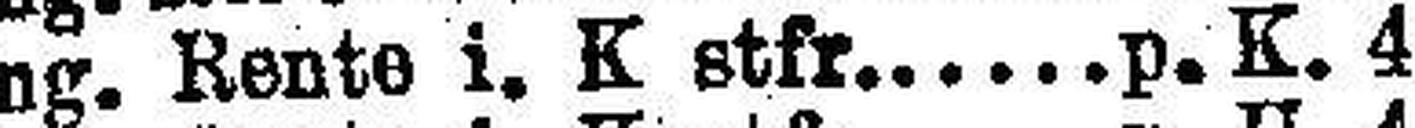
Ung. Rente i. K stfr. p. K. 4